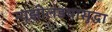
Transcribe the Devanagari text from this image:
न्यूझीलंडचासुद्धा